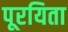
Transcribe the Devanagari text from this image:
पूरयिता